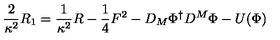
\frac { 2 } { \kappa ^ { 2 } } R _ { 1 } = \frac { 1 } { \kappa ^ { 2 } } R - \frac { 1 } { 4 } F ^ { 2 } - D _ { M } \Phi ^ { \dagger } D ^ { M } \Phi - U ( \Phi )